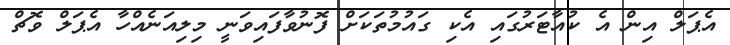
އެޕަލް އިން އެ ކުއާޓަރުގައި އެކި ގައުމުތަކަށް ފޮނުވާފައިވަނީ މިލިއަނެއްހާ އެޕަލް ވޮޗް